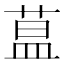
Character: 蒀